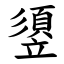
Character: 䇓